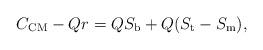
LaTeX: \begin{align*} C_{\mathrm{CM}} - Qr = QS_{\mathrm{b}} + Q(S_{\mathrm{t}}-S_{\mathrm{m}}), \end{align*}